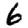
Digit: 6